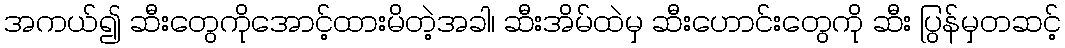
အကယ်၍ ဆီးတွေကိုအောင့်ထားမိတဲ့အခါ၊ ဆီးအိမ်ထဲမှ ဆီးဟောင်းတွေကို ဆီး ပြွန်မှတဆင့်